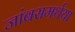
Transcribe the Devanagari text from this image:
जांबसमर्थया